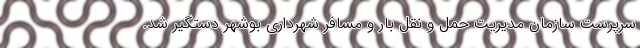
سرپرست سازمان مدیریت حمل و نقل بار و مسافر شهرداری بوشهر دستگیر شد.